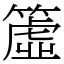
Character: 𥲤